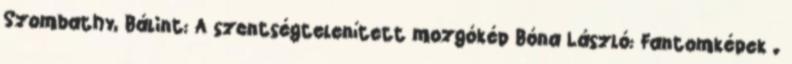
Szombathy, Bálint: A szentségtelenített mozgókép Bóna László: Fantomképek .